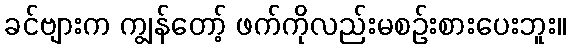
ခင်ဗျားက ကျွန်တော့် ဖက်ကိုလည်းမစဉ်းစားပေးဘူး။